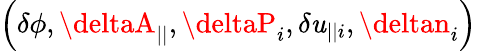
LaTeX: \left(\delta\phi,\deltaA_{||},\deltaP_{i},\delta\mathit{u}_{||i},\deltan_{i}\right)